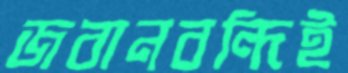
জবানবন্দিই